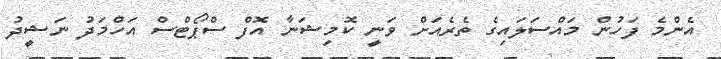
އެންމެ ފަހުން މައްސަލައިގެ ތެރެއަށް ވަނީ ކޮމިޝަނާ އޮފް ސްޕޯޓްސް އަހްމަދު ނަޝީދު